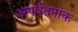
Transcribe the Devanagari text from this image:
अपर्वतनांक